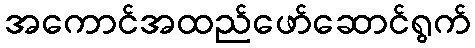
အကောင်အထည်ဖော်ဆောင်ရွက်